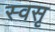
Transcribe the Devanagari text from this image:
स्वसृ